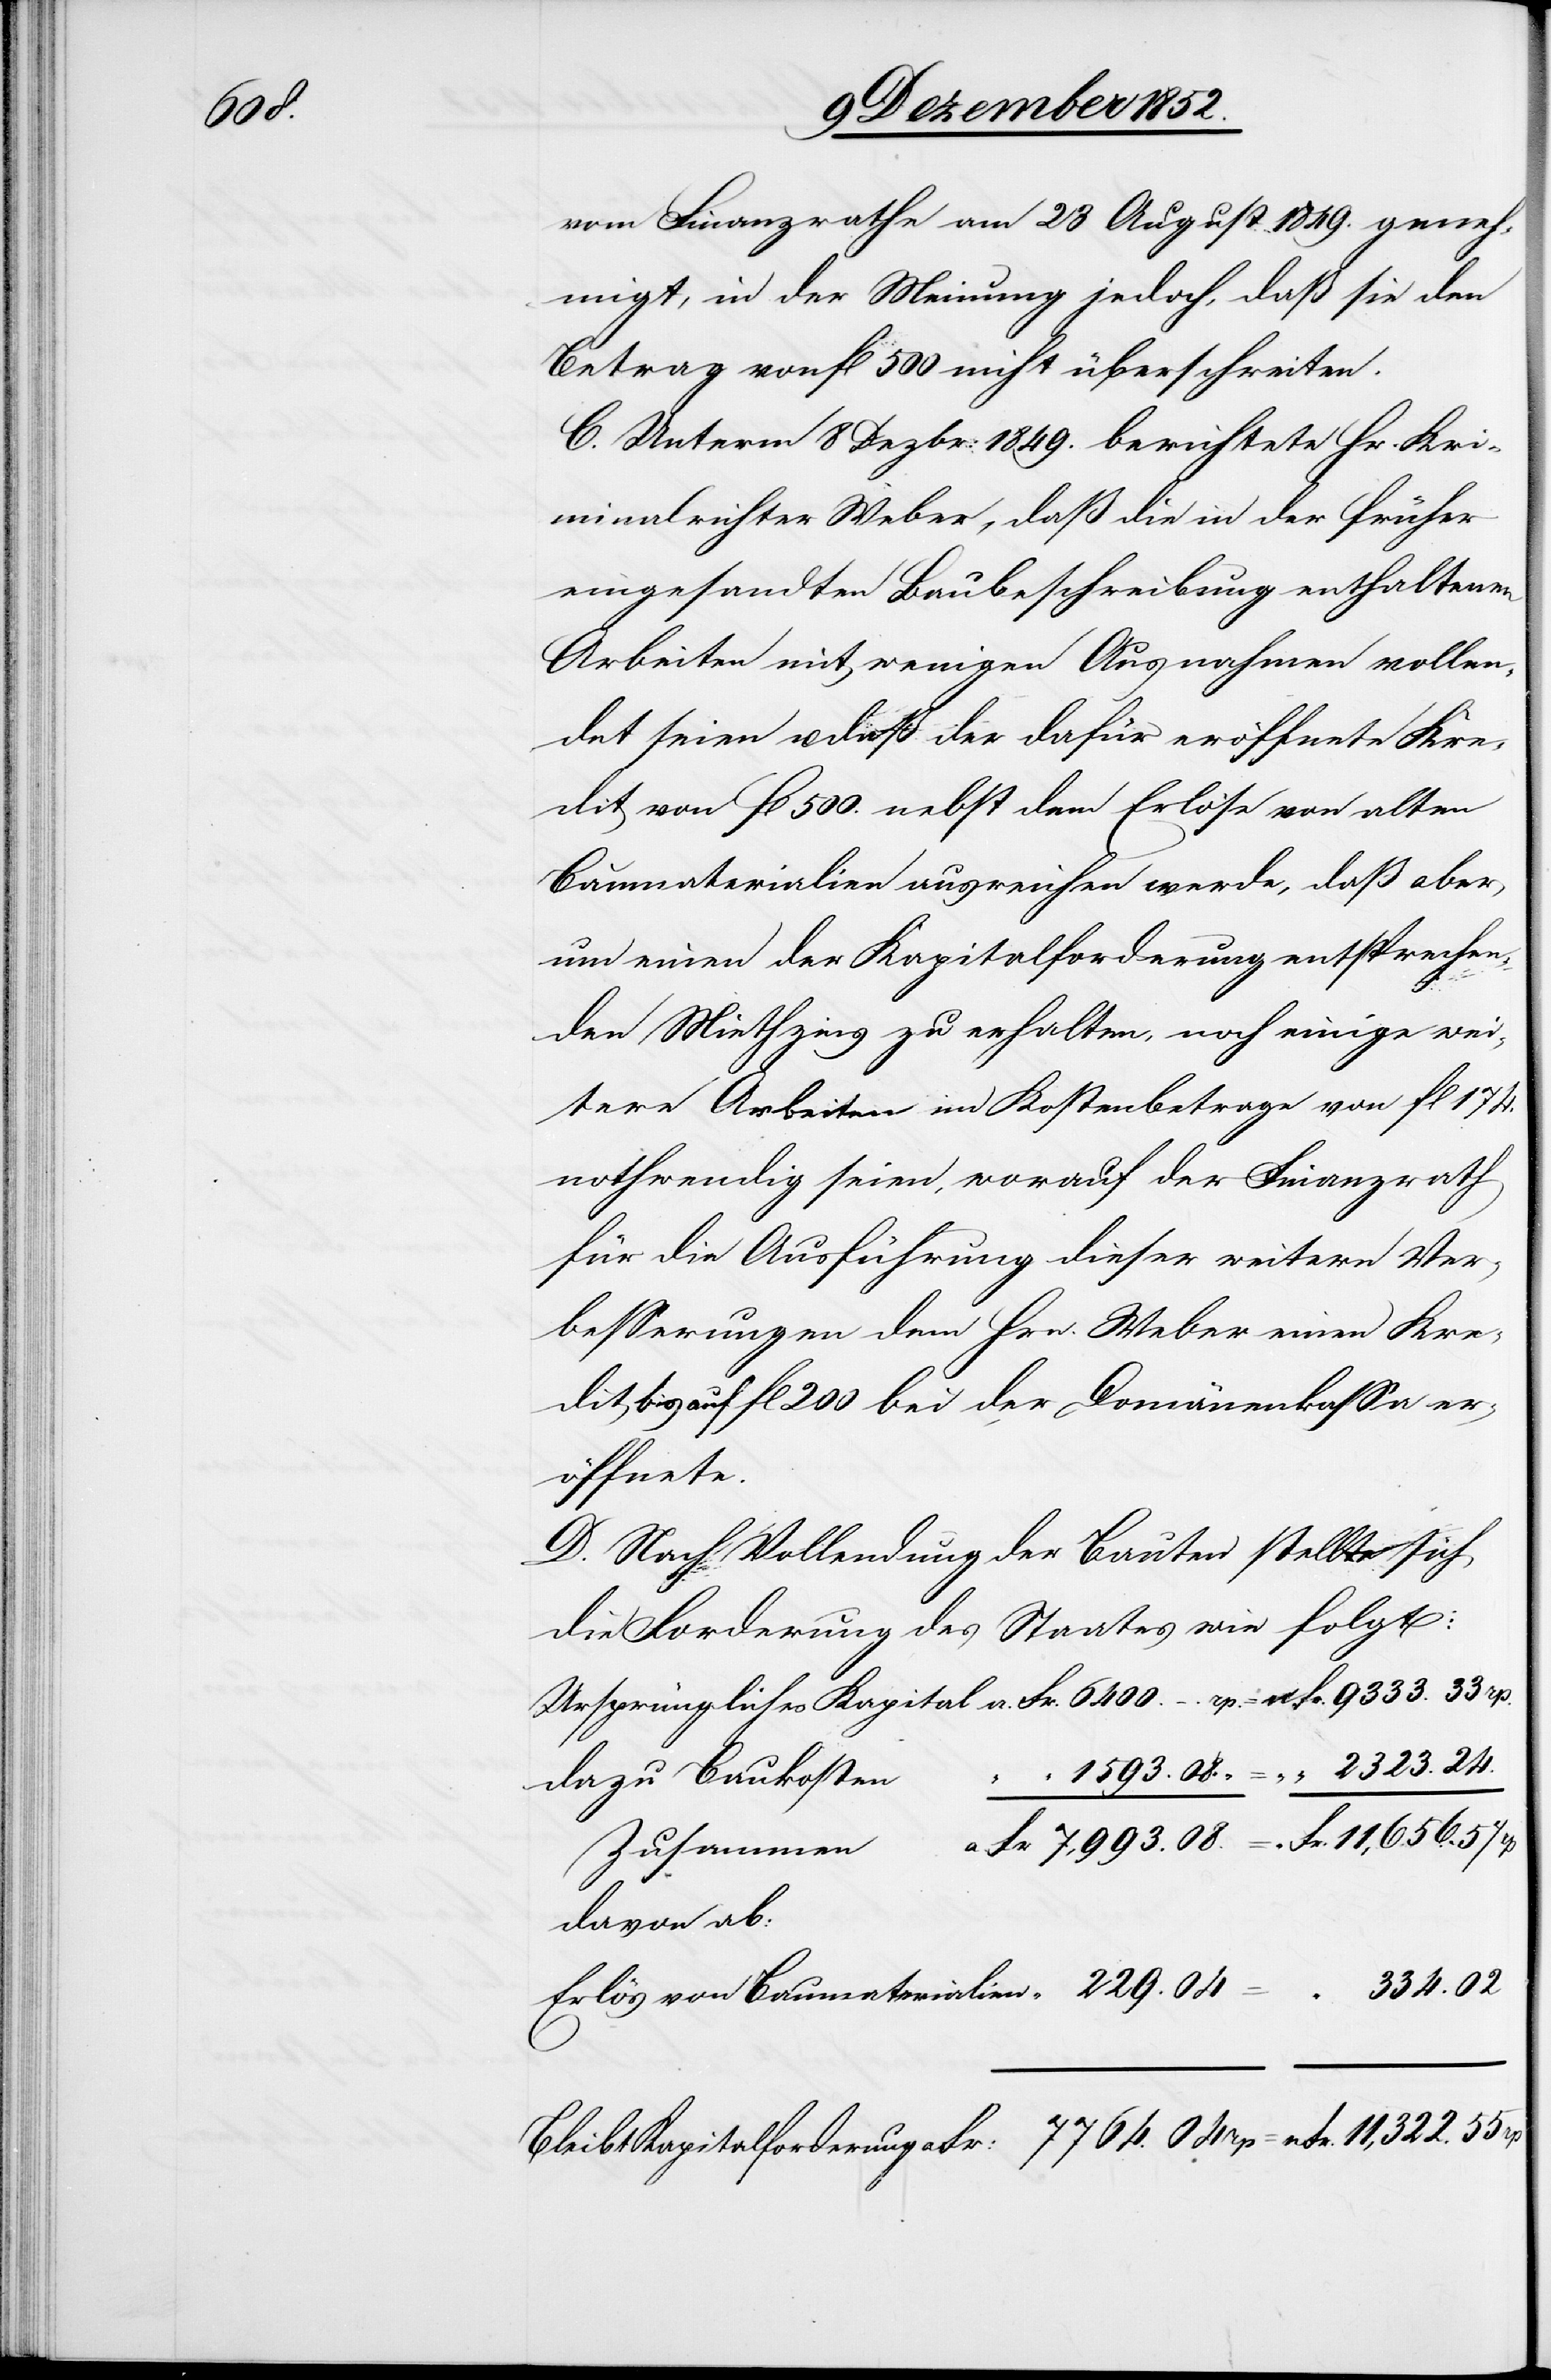
55

vom Finanzrathe am 28 August 1849. geneh¬
migt, in der Meinung jedoch, daß sie den
Betrag von fl 500 nicht überschreiten.
C. Unterm 8 Dezbr: 1849. berichtete Hr. Kri¬
minalrichter Weber, daß die in der früher
eingesandten Baubeschreibung enthaltenen
Arbeiten mit wenigen Ausnahmen vollen¬
det seien u. daß der dafür eröffnete Kre¬
dit von fl 500. nebst dem Erlöse von alten
Baumaterialien ausreichen werde, daß aber,
um einen der Kapitalforderung entsprechen¬
den Miethzins zu erhalten, noch einige wei¬
tere Arbeiten im Kostenbetrage von fl 174.
nothwendig seien, worauf der Finanzrath
für die Ausführung dieser weitern Ver¬
besserungen dem Hrn. Weber einen Kre¬
dit bis auf fl 200 bei der Domänenkassa er¬
öffnete.
D. Nach Vollendung der Bauten stellte sich
die Forderung des Staates wie folgt:
dazu Baukosten
Zusammen
davon ab: